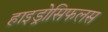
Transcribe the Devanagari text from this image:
हाइड्रोसिफलस